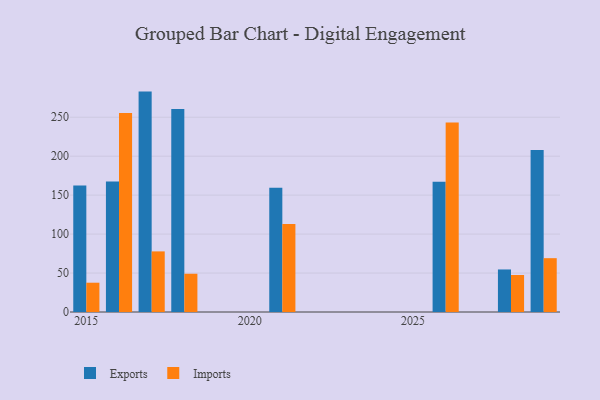
{"axis": {"x": "Year", "y": "Gross Profit (USD K)"}, "legend": ["Exports", "Imports"], "data": [{"x": "2028", "y": 54.6, "type": "Exports"}, {"x": "2028", "y": 47.5, "type": "Imports"}, {"x": "2015", "y": 162.3, "type": "Exports"}, {"x": "2015", "y": 37.6, "type": "Imports"}, {"x": "2029", "y": 207.9, "type": "Exports"}, {"x": "2029", "y": 69.1, "type": "Imports"}, {"x": "2016", "y": 167.6, "type": "Exports"}, {"x": "2016", "y": 255.4, "type": "Imports"}, {"x": "2026", "y": 167.3, "type": "Exports"}, {"x": "2026", "y": 243.2, "type": "Imports"}, {"x": "2017", "y": 282.9, "type": "Exports"}, {"x": "2017", "y": 77.8, "type": "Imports"}, {"x": "2021", "y": 159.5, "type": "Exports"}, {"x": "2021", "y": 113.1, "type": "Imports"}, {"x": "2018", "y": 260.6, "type": "Exports"}, {"x": "2018", "y": 49.1, "type": "Imports"}]}